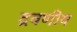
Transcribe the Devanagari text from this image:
द्रवणीय